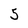
Character: 5